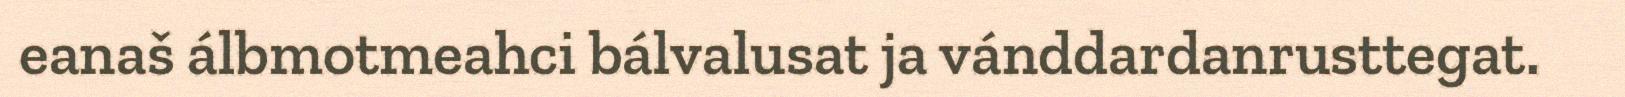
eanaš álbmotmeahci bálvalusat ja vánddardanrusttegat.